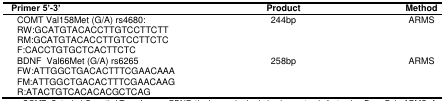
<table><thead><tr><td><b>Primer 5’-3’</b></td><td><b>Product</b></td><td><b>Method</b></td></tr></thead><tbody><tr><td>COMT Val158Met (G/A) rs4680:</td><td>244bp</td><td>ARMS</td></tr><tr><td>RW:GCATGTACACCTTGTCCTTCTT</td><td></td><td></td></tr><tr><td>RM:GCATGTACACCTTGTCCTTCTC</td><td></td><td></td></tr><tr><td>F:CACCTGTGCTCACTTCTC</td><td></td><td></td></tr><tr><td>BDNF Val66Met (G/A) rs6265</td><td>258bp</td><td>ARMS</td></tr><tr><td>FW:ATTGGCTGACACTTTCGAACAAA</td><td></td><td></td></tr><tr><td>FM:ATTGGCTGACACTTTCGAACAAG</td><td></td><td></td></tr><tr><td>R:ATACTGTCACACACGCTCAG</td><td></td><td></td></tr></tbody></table>